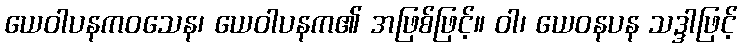
ယေဝါပနကဝသေန၊ ယေဝါပနက၏ အဖြစ်ဖြင့်။ ဝါ၊ ယေဝနပန သဒ္ဒါဖြင့်